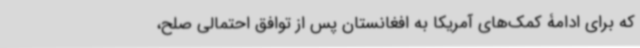
که برای ادامۀ کمک‌های آمریکا به افغانستان پس از توافق احتمالی صلح،